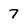
Character: 7